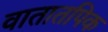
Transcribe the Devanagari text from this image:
वातातपिक